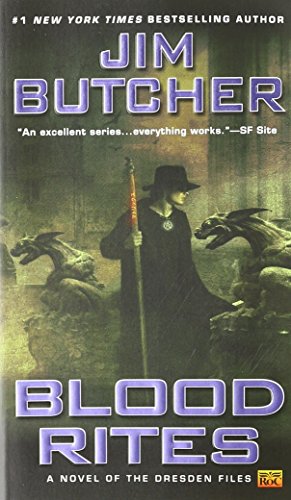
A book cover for Blood Rites (The Dresden Files, Book 6); Jim  Butcher; Science Fiction & Fantasy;